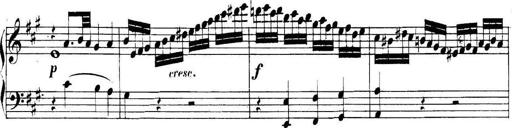
Title: Collected Piano Sonatas
Composer: Muzio Clementi